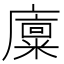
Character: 𪪨